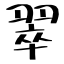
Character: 翠